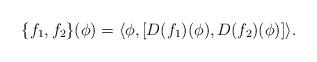
LaTeX: \begin{align*}\{f_1, f_2\}(\phi) = \langle\phi,[D(f_1)(\phi), D(f_2)(\phi)]\rangle. \end{align*}